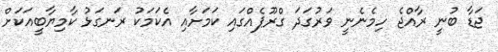
ޖަޑާ ބުނީ ރާއްޖެ ހިމެނެނީ ވަރުގަދަ ގްރޫޕެއްގައި ކަމަށާއި އެކަމަކު ރަނގަޅު ކާމިޔާބީއަކަށް